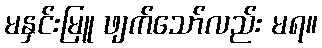
မနှင်းမြူ ဖျက်သော်လည်း မရ။